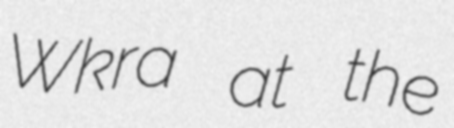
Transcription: Wkra at the